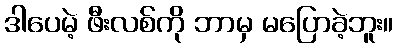
ဒါပေမဲ့ ဖီးလစ်ကို ဘာမှ မပြောခဲ့ဘူး။